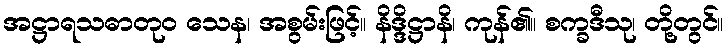
အဋ္ဌာရသဓာတုဝ သေန၊ အစွမ်းဖြင့်။ နိဒ္ဒိဋ္ဌာနိ၊ ကုန်၏။ စက္ခဒီသု၊ တို့တွင်။